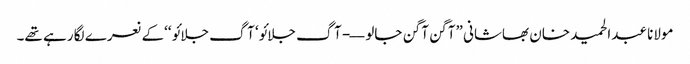
مولانا عبدالحمید خان بھاشانی ”آگن آگن جالو—- آگ جلائو‘ آگ جلائو ‘‘کے نعرے لگا رہے تھے۔